Malaria in the Punjab - Number 46
Disease focus: Malaria
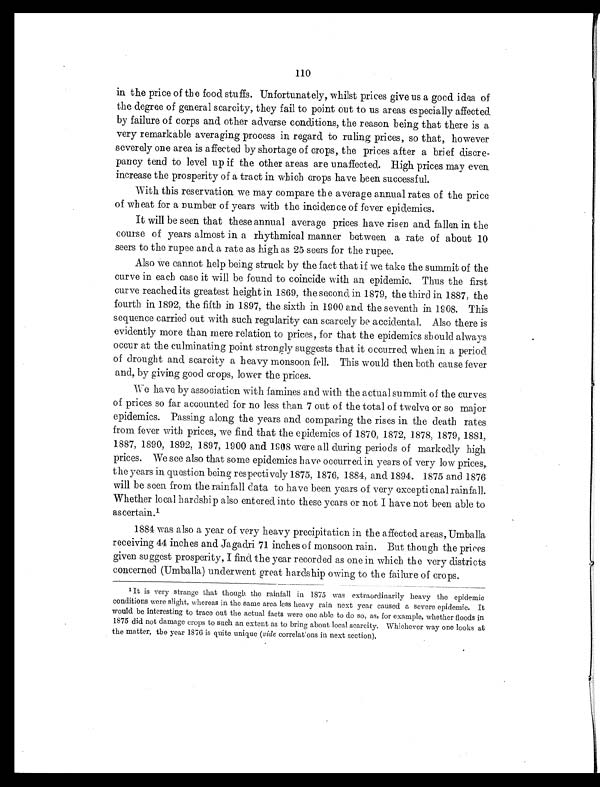
110
in the price of the food stuffs. Unfortunately, whilst prices give us a good idea of
the degree of general scarcity, they fail to point out to us areas especially affected.
by failure of corps and other adverse conditions, the reason being that there is a
very remarkable averaging process in regard to ruling prices, so that, however
severely one area is affected by shortage of crops, the prices after a brief discre-
pancy tend to level up if the other areas are unaffected,. High prices may even
increase the prosperity of a tract in which crops have been successful.
With this reservation we may compare the average annual rates of the price
of wheat for a number of years with the incidence of fever epidemics.
It will be seen that these annual average prices have risen and fallen in the
course of years almost in a rhythmical manner between a rate of about 10
seers to the rupee and a rate as high as 25 seers for the rupee.
Also we cannot help being struck by the fact that if we take the summit of the
curve in each case it will be found to coincide with an epidemic. Thus the first
curve reached its greatest height in 1869, the second in 1879, the third in 1887, the
fourth in 1892, the fifth in 1897, the sixth in 1900 and the seventh in 1908. This
sequence carried out with such regularity can scarcely be accidental. Also there is
evidently more than mere relation to prices, for that the epidemics should always
occur at the culminating point strongly suggests that it occurred when in a period
of drought and, scarcity a heavy monsoon fell. This would then both cause fever
and, by giving good crops, lower the prices.
We have by association with famines and with the actual summit of the curves
of prices so far accounted for no less than 7 out of the total of twelve or so major
epidemics. Passing along the years and comparing the rises in the seath rates
from fever with prices, we find that the epidemics of 1870, 1872, 1878, 1879, 1881,
1887, 1890, 1892, 1897, 1900 and 1908 were all during periods of markedly high
prices. We see also that some epidemics have occurred. in years of very low prices,.
the years in question being respectively 1875, 1876, 1884, and 1894. 1875 and 1876
will be seen from the rainfall data to have been years of very exceptional rainfall.
Whether local hardship also entered into these years or not I have not been able to
ascertain.¹
1884 was also a year of very heavy precipitation in the affected areas, Umballa
receiving 44 inches and Jagadri 71 inches of monsoon rain. But though the prices
given suggest prosperity, I find the year recorded as one in which the very districts
concerned (Umballa) underwent great hardship owing to the failure of crops.
¹ It is very strange that though the rainfall in 1875 was extraordinarily heavy the epidemic
conditions were slight, whereas in the same area less heavy rain next year caused a severe epidemic. It
would be interesting to trace out the actual facts were one able to do so, as, for example, whether floods in
1875 did not damage crops to such an extent as to bring about local scarcity. Whichever way one looks at
the matter, the year 1876 is quite unique (vide correlations in next section ).